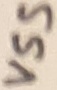
Text: VSS